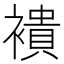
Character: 䙡